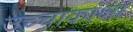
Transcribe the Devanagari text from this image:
उच्चाकांक्षा